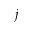
j